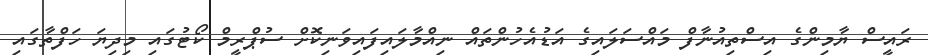
ރައީސް ޔާމިންގެ އިސްތިއުނާފް މައްސަލައިގެ އަޑުއެހުންތައް ނިއްމާލައިފައިވަނިކޮށް ސުޕްރީމް ކޯޓުގައި މިދިޔަ ހަފްތާގައި